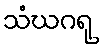
သံဃဂရု